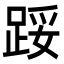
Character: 𨁡